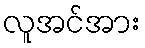
လူအင်အား